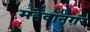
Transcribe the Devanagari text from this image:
महेवानगर